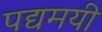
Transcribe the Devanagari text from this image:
पद्यमयी